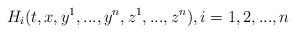
\begin{align*}H_i(t, x, y^1,...,y^n,z^1,...,z^n),i=1,2,...,n\end{align*}